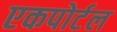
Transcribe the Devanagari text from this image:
एकपोर्टल